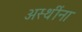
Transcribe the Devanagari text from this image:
अस्थींना